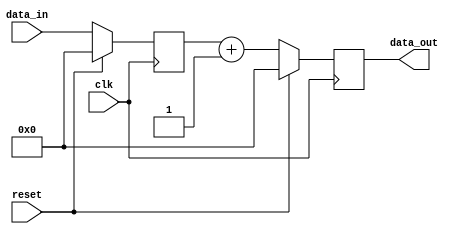
module sequential_logic (
    input wire clk,          // Clock signal
    input wire reset,        // Reset signal
    input wire [7:0] data_in, // Input data
    output reg [7:0] data_out // Output data
);

    // Internal state variable
    reg [7:0] state;

    // Always block triggered on the rising edge of the clock
    always @(posedge clk) begin
        if (reset) begin
            // Synchronous reset: initialize state and output
            state <= 8'b0;      // Reset state to 0
            data_out <= 8'b0;   // Reset output to 0
        end else begin
            // Update state and output based on input data
            state <= data_in;    // Update state with input data
            data_out <= state + 1; // Example operation: increment state for output
        end
    end

endmodule